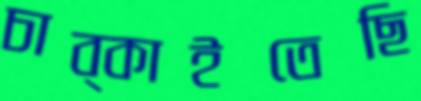
চাব্‌কাইতেছি